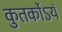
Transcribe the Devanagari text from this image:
कुतर्कोऽयं